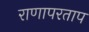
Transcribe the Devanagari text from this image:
राणापरताप